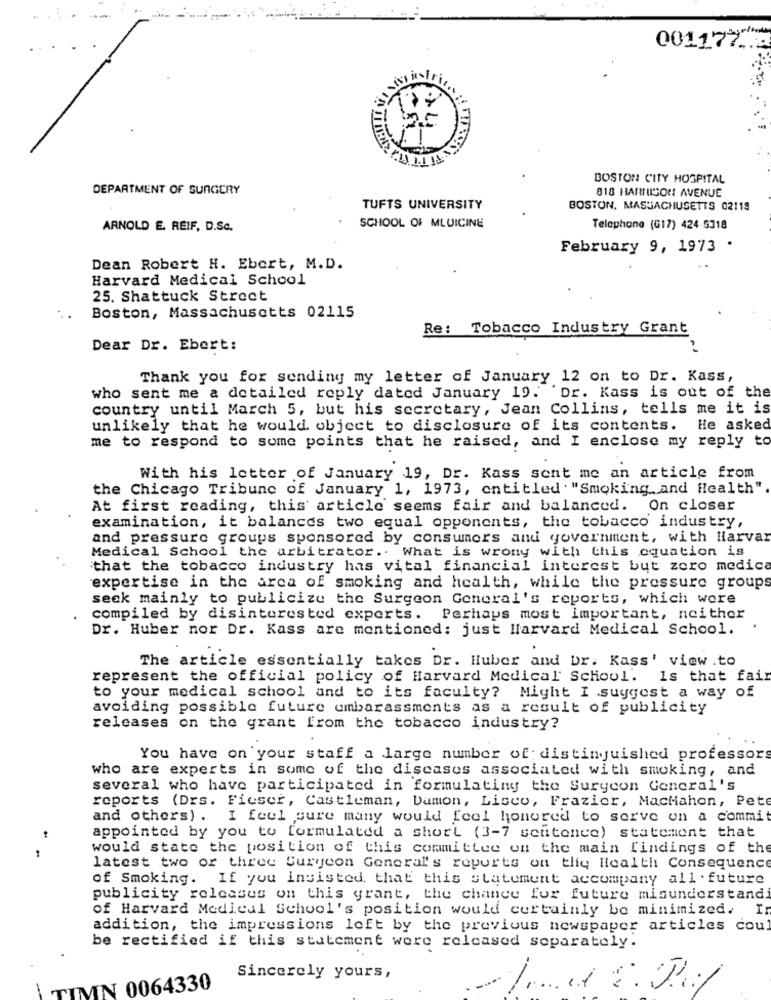
001177 .. 2
Kivi istrica
BOSTON CITY HOSPITAL
DEPARTMENT OF SURGERY
818 HARRISON AVENUE
TUFTS UNIVERSITY
BOSTON, MASSACHUSETTS 02119
ARNOLD E. REIF. D.Sc.
SCHOOL OF MLUICINE
Telephone (G17) 424-5318
February 9, 1973 .
Dean Robert H. Ebert, M.D.
Harvard Medical School
25. Shattuck Street
Boston, Massachusetts 02115
Re: Tobacco Industry Grant
Dear Dr. Ebert:
Thank you for sending my letter of January 12 on to Dr. Kass,
who sent me a detailed reply dated January 19. Dr. Kass is out of the
country until March 5, but his secretary, Jean Collins, tells me it is
unlikely that he would object to disclosure of its contents. He asked
me to respond to some points that he raised, and I enclose my reply to
With his letter of January 19, Dr. Kass sent me an article from
the Chicago Tribune of January 1, 1973, entitled "Smoking and Health"
At first reading, this article seems fair and balanced. On closer
examination, it balances two equal opponents, the tobacco industry,
and pressure groups sponsored by consumers and government, with Harvar
Medical School the arbitrator .. What is wrong with this equation is
that the tobacco industry has vital financial interest but zero medica
expertise in the area of smoking and health, while the pressure groups
seck mainly to publicize the Surgeon General's reports, which were
compiled by disinterested experts.
Perhaps most important, neither
Dr. Huber nor Dr. Kass are mentioned: just Harvard Medical School.
The article essentially takes Dr. Huber and br. Kass' view .to
represent the official policy of Harvard Medical School.
Is that fai
to your medical school and to its faculty? Might I suggest a way of
avoiding possible future embarassments as a result of publicity
releases on the grant from the tobacco industry?
You have on your staff a large number of: distinguished professors
who are experts in some of the diseases associated with smoking, and
several who have participated in formulating the Surgeon General's
reports (Drs. Ficsor, Castleman, Damon, Lisco, Frazier, MacMahon, Pet
and others) . I feel sure many would feel honored to serve on a commi
appointed by you to formulated a short (3-7 sentence) statement that
would state the position of this committee on the main findings of the
latest two or three Surgeon General's reports on tliy Health Consequence
of Smoking. If you insisted that this statement accompany all . future
publicity releases on this grant, the chance for future misunderstandi
of Harvard Medical School's position would certainly be minimized. In
addition, the impressions loft by the previous newspaper articles cou
be rectified if this statement were released separately.
Sincerely yours,
TIMN 0064330
/ ....
.1